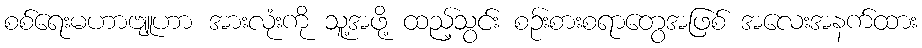
စစ်ရေးမဟာဗျူဟာ အားလုံးကို သူ့အဖို့ ထည့်သွင်း စဉ်းစားစရာတွေအဖြစ် အလေးအနက်ထား